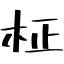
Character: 柾